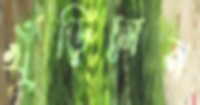
খুঁড়িলেন